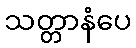
သတ္တာနံပေ